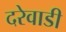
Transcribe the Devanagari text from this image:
दरेवाडी